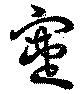
寁